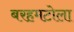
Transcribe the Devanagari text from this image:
बरहमटोला